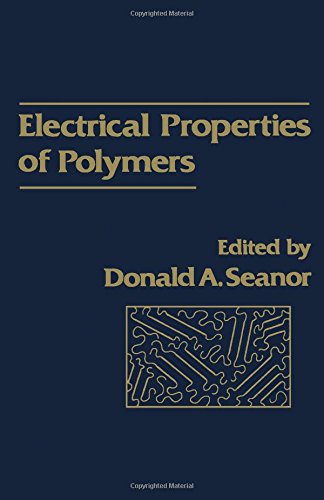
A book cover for Electrical Properties of Polymers; Donald Seanor; Science & Math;